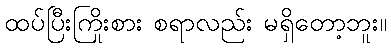
ထပ်ပြီးကြိုးစား စရာလည်း မရှိတော့ဘူး။